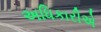
અધિકારીએ